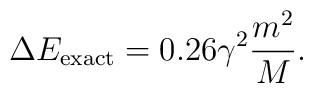
\Delta E_{\rm exact} = 0.26 \gamma^2 \frac{m^2}{M}.